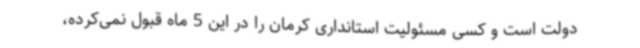
دولت است و کسی مسئولیت استانداری کرمان را در این 5 ماه قبول نمی‌کرده،